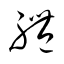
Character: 禮